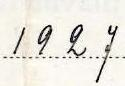
1927